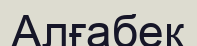
Алғабек